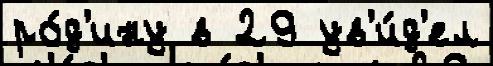
ро́д'ину в 29 ув'и́д'ел